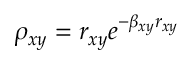
\rho _ { x y } = r _ { x y } e ^ { - \beta _ { x y } r _ { x y } }